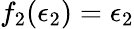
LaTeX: f_{2}(\epsilon_{2})=\epsilon_{2}